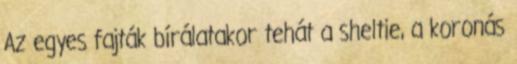
Az egyes fajták bírálatakor tehát a sheltie, a koronás